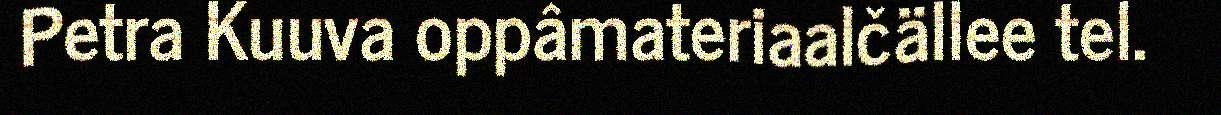
Petra Kuuva oppâmateriaalčällee tel.